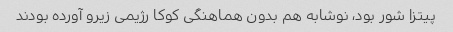
پیتزا شور بود، نوشابه هم بدون هماهنگی کوکا رژیمی زیرو آورده بودند